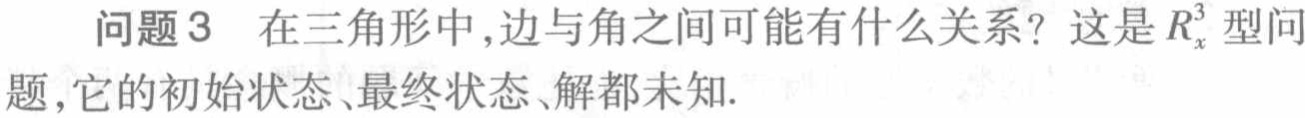
问题3 在三角形中,边与角之间可能有什么关系？这是$R_{x}^{3}$型问题,它的初始状态、最终状态、解都未知.